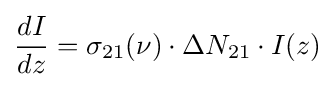
{dI \over dz}=\sigma _{21}(\nu )\cdot \Delta N_{21}\cdot I(z)